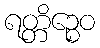
ရတ္တိဉ္စေဝ